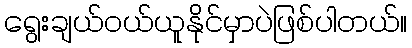
ရွေးချယ်ဝယ်ယူနိုင်မှာပဲဖြစ်ပါတယ်။